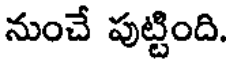
నుంచే పుట్టింది.